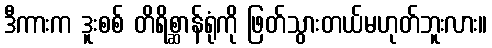
ဒီကားက ဒူးစစ် တိရိစ္ဆာန်ရုံကို ဖြတ်သွားတယ်မဟုတ်ဘူးလား။